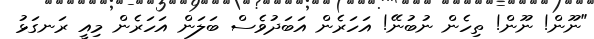
"ނޫން! ނޫން! ތިހެން ނުބުނޭ! އަހަރެން އަބަދުވެސް ބަލަން އަހަރެން މިއީ ރަނގަޅު